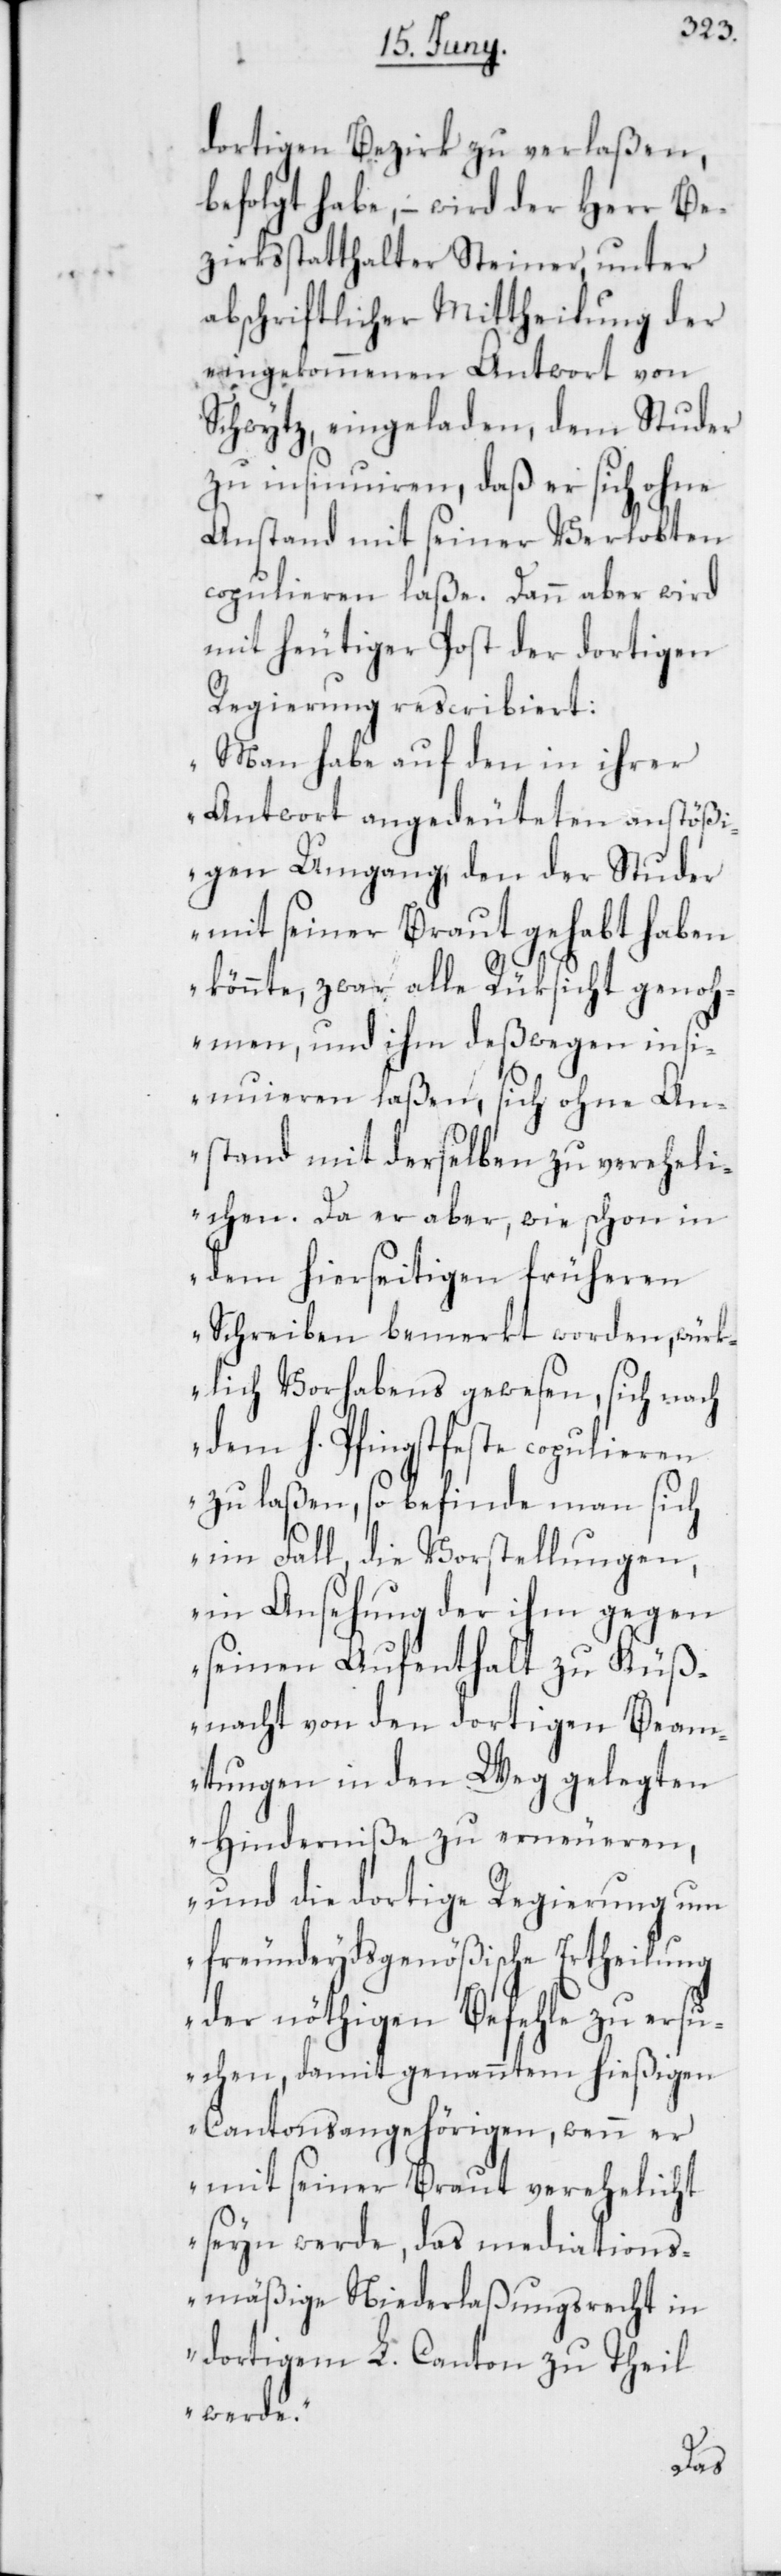
dortigen Bezirk zu verlaßen,
befolgt habe, – wird der Herr Be¬
zirksstatthalter Steiner, unter
abschriftlicher Mittheilung der
eingekommenen Antwort von
Schwytz, eingeladen, dem Studer
zu insinuiren, daß er sich ohne
Anstand mit seiner Verlobten
copulieren laße. Dann aber wird
mit heutiger Post der dortigen
Regierung rescribiert:
„Man habe auf den in ihrer
Antwort angedeuteten anstößi¬
gen Umgang, den der Studer
mit seiner Braut gehabt haben
könnte, zwar alle Rüksicht genoh¬
men, und ihm deßwegen ins¬
inuieren laßen, sich ohne An¬
stand mit derselben zu vereheli¬
chen. Da er aber, wie schon in
dem hierseitigen früheren
Schreiben bemerkt worden, würk¬
lich Vorhabens gewesen, sich nach
dem h. Pfingstfeste copulieren
zu laßen, so befinde man sich
im Fall, die Vorstellungen,
in Ansehung der ihm gegen
seinen Aufenthalt zu Küß¬
nacht von den dortigen Beam¬
tungen in den Weg gelegten
Hinderniße zu erneueren,
und die dortige Regierung um
freundeydsgenößische Ertheilung
der nöthigen Befehle zu ersu¬
chen, damit genanntem hießigen
Cantonsangehörigen, wenn er
mit seiner Braut verehelicht
seyn werde, das mediations¬
mäßige Niederlaßungsrecht in
dortigem L. Canton zu Theil
werde.“